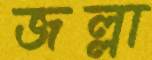
জল্লা